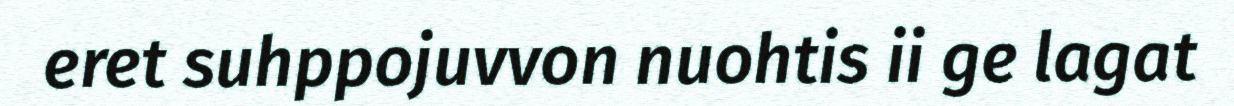
eret suhppojuvvon nuohtis ii ge lagat